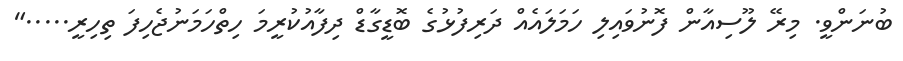
ބުނަންވީ. މިރޭ ލޫސިއާން ފޮނުވައިލި ހަމަލައެއް ދަރިފުޅުގެ ބޮޑީގާޑް ދިފާއުކުރީމަ ހިތްހަމަނުޖެހިފަ ތިހިރީ....."